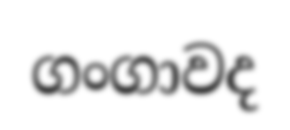
ගංගාවද